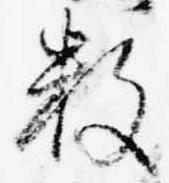
数